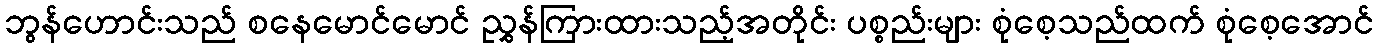
ဘွန်ဟောင်းသည် စနေမောင်မောင် ညွှန်ကြားထားသည့်အတိုင်း ပစ္စည်းများ စုံစေ့သည်ထက် စုံစေ့အောင်